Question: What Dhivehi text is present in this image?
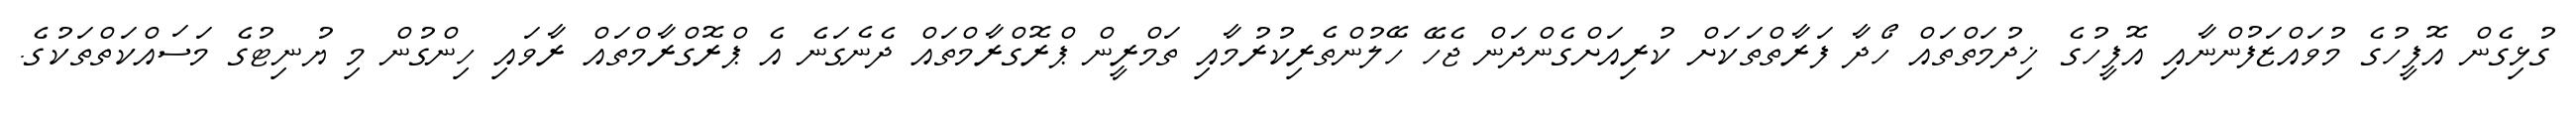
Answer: ގުޅިގެން އޮފީހުގެ މުވައްޒަފުންނާއި އޮފީހުގެ ޚިދުމަތްތައް ހޯދާ ފަރާތްތަކަށް ކުރިއަށްގެންދަން ޖެހޭ ހޭލުންތެރިކުރުމާއި ތަމްރީން ޕްރޮގްރާމްތައް ދެނެގަނެ އެ ޕްރޮގްރާމްތައް ރާވައި ހިންގުން މި ޔުނިޓުގެ މަސައްކަތްތަކުގެ.